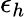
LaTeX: \epsilon_{h}